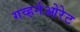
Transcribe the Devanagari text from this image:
गव्हर्नओरेट